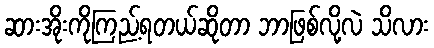
ဆားအိုးကိုကြည့်ရတယ်ဆိုတာ ဘာဖြစ်လို့လဲ သိလား